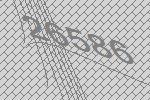
26586